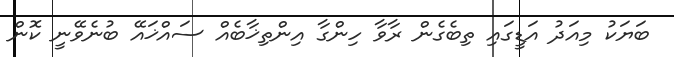
ބަޔަކު މިއަދު އަޑީގައި ތިބެގެން ރާވާ ހިންގާ އިންތިޚާބެއް ސައްޚައޭ ބުނެވޭނީ ކޮން